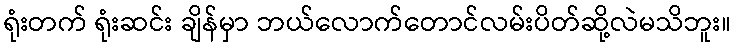
ရုံးတက် ရုံးဆင်း ချိန်မှာ ဘယ်လောက်တောင်လမ်းပိတ်ဆို့လဲမသိဘူး။